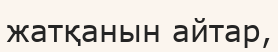
жатқанын айтар,